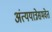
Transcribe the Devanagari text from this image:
अंत्ययात्रेसमवेत